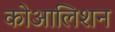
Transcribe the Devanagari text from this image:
कोआलिशन